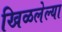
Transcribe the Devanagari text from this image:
खिळलेल्या